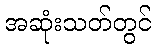
အဆုံးသတ်တွင်